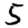
Digit: 5